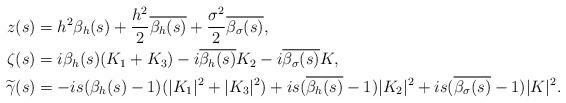
LaTeX: \begin{align*}z(s)&=h^2\beta_h(s)+\frac{h^2}{2}\overline{\beta_h(s)}+\frac{\sigma^2}{2}\overline{\beta_\sigma(s)},\\\zeta(s)&=i\beta_h(s)(K_1 + K_3)-i\overline{\beta_h(s)}K_2-i\overline{\beta_\sigma(s)}K,\\\widetilde\gamma(s)&=-is(\beta_h(s)-1)(|K_1|^2+|K_3|^2)+is(\overline{\beta_h(s)}-1)|K_2|^2+is(\overline{\beta_\sigma(s)}-1)|K|^2.\end{align*}